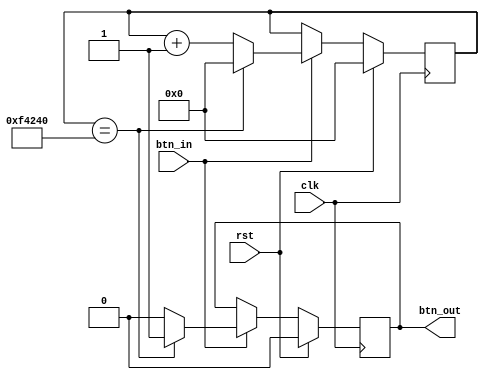
`timescale 1ns / 1ps
//////////////////////////////////////////////////////////////////////////////////
// Company: 
// Engineer: 
// 
// Design Name: 
// Module Name:    debounce 
// Project Name: 
// Target Devices: 
// Tool versions: 
// Description: 
//
// Dependencies: 
//
// Revision: 
// Revision 0.01 - File Created
// Additional Comments: 
//
//////////////////////////////////////////////////////////////////////////////////
module debounce(
		input clk,			// this is 10Mhz
		input rst,
		input btn_in,
		output reg btn_out
    );
	 
	 reg [19:0] count;
	 
	 always@(posedge clk)
	 begin
		if(rst)
		begin
			count <= 0;
			btn_out <= 0;
		end
		else
		begin
			if(btn_in == 1)
			begin
				count <= count + 1'b1;
				if(count == 20'd1000000)
				begin
					btn_out <= 1'b1;
					count <= 0;
				end
				else
					btn_out <= 1'b0;
			end
		end
	 end
	
	 

endmodule